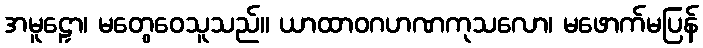
အမူဠှော၊ မတွေဝေသူသည်။ ယာထာဝဂဟဏကုသလော၊ မဖောက်မပြန်